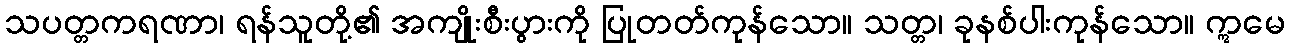
သပတ္တကရဏာ၊ ရန်သူတို့၏ အကျိုးစီးပွားကို ပြုတတ်ကုန်သော။ သတ္တ၊ ခုနစ်ပါးကုန်သော။ ဣမေ